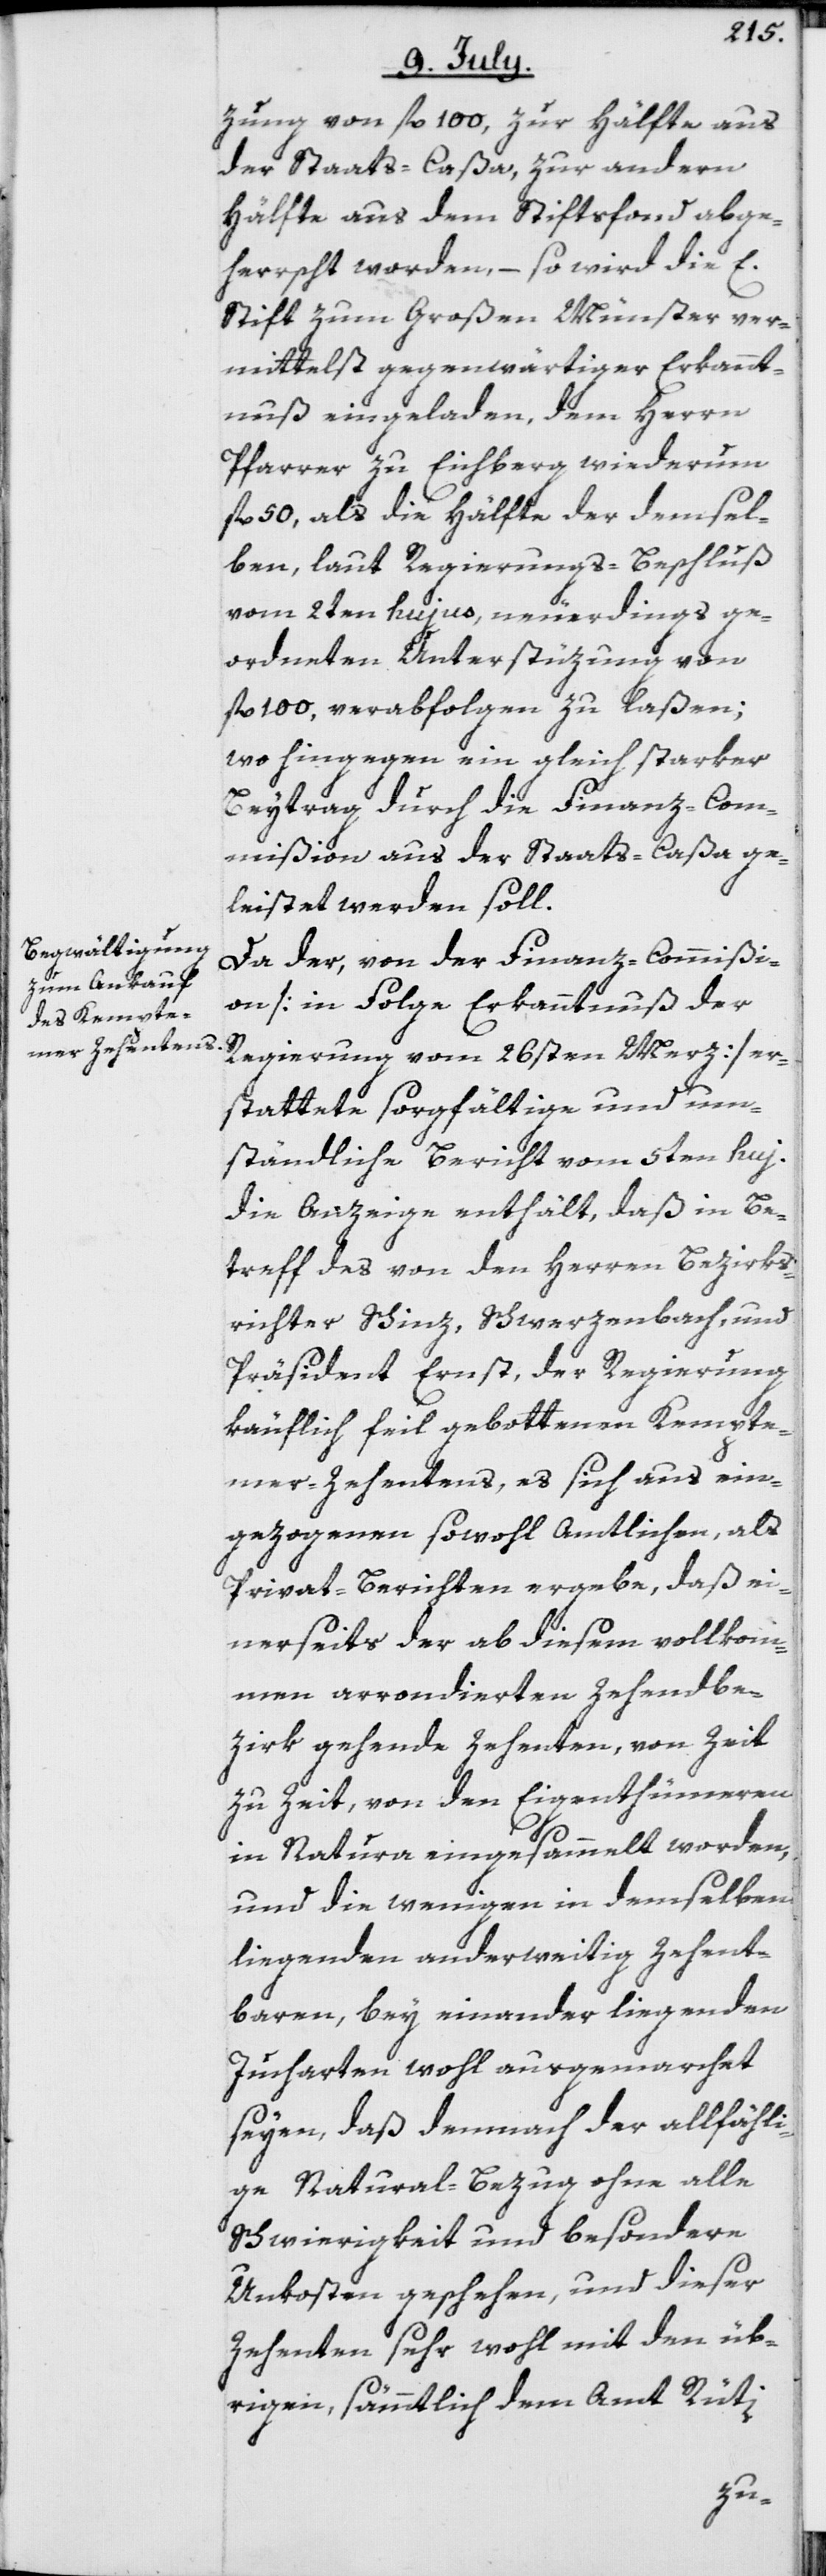
zung von fl. 100, zur Hälfte aus
der Staats-Caßa, zur andern
Hälfte aus dem Stiftsfond abge¬
herrscht worden, – so wird die E.
Stift zum Großen Münster ver¬
mittelst gegenwärtiger Erkannt¬
nuß eingeladen, dem Herrn
Pfarrer zu Eichberg wiederum
fl. 50, als die Hälfte der demsel¬
ben, laut Regierungs-Beschluß
vom 2ten hujus, neuerdings ge¬
ordneten Unterstüzung von
fl. 100, verabfolgen zu laßen;
wo hingegen ein gleich starker
Beytrag durch die Finanz-Com¬
mißion aus der Staats-Caßa ge¬
leistet werden soll.
Da der, von der Finanz-Commißi¬
on [in Folge Erkanntnuß der
Regierung vom 26sten Merz] er¬
stattete sorgfältige und um¬
ständliche Bericht vom 5ten huj.
die Anzeige enthält, daß in Be¬
treff des von den Herren Bezirks¬
richter Schinz, Schwerzenbach, und
Präsident Ernst, der Regierung
käuflich feil gebottenen Kempte¬
mer-Zehentens, es sich aus ein¬
gezogenen sowohl Amtlichen, als
Privat-Berichten ergebe, daß ei¬
nerseits der ab diesem vollkom¬
men arrondierten Zehendbe¬
zirk gehende Zehenten, von Zeit
zu Zeit, von den Eigenthümeren
in Natura eingesammelt worden,
und die wenigen in demselben
liegenden anderweitig zehent¬
baren, bey einander liegenden
Jucharten wohl ausgemarchet
seyen, daß demnach der allfähli¬
ge Natural-Bezug ohne alle
Schwierigkeit und besondere
Unkosten geschehen, und dieser
Zehenten sehr wohl mit den üb¬
rigen, sämmtlich dem Amt Rüti